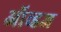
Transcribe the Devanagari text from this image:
ऑव्हज